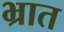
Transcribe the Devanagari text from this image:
भ्रात